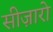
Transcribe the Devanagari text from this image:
सीज़ारो